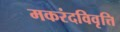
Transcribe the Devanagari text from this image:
मकरंदविवृत्ति